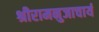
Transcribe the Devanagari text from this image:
श्रीरामनुजाचार्य